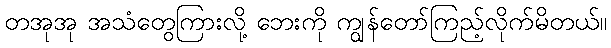
တအုအု အသံတွေကြားလို့ ဘေးကို ကျွန်တော်ကြည့်လိုက်မိတယ်။